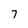
Character: 7